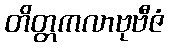
တိတ္တကလာဗုဗီဇံ